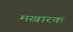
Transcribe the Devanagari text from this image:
मखारक